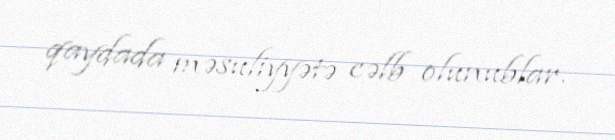
qaydada məsuliyyətə cəlb olunublar.